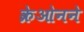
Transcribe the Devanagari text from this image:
क्रेओनने